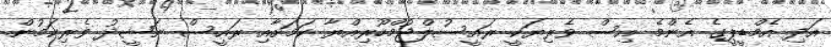
އަދި އެމްޑީޕީގެ އެންމެ އިސް ވެރިޔަކީ ރައީސުލްޖުމްހޫރިއްޔާ ކަމަށާއި ރައީސް ނަޝީދު ވެރިކަމުން